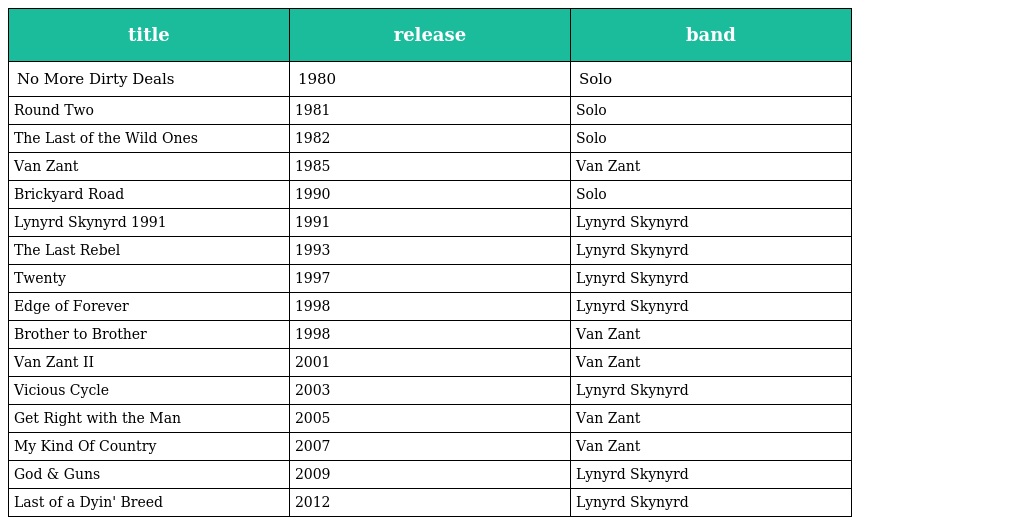
| title | release | band |
 | --- | --- | --- |
 | No More Dirty Deals | 1980 | Solo |
 | Round Two | 1981 | Solo |
 | The Last of the Wild Ones | 1982 | Solo |
 | Van Zant | 1985 | Van Zant |
 | Brickyard Road | 1990 | Solo |
 | Lynyrd Skynyrd 1991 | 1991 | Lynyrd Skynyrd |
 | The Last Rebel | 1993 | Lynyrd Skynyrd |
 | Twenty | 1997 | Lynyrd Skynyrd |
 | Edge of Forever | 1998 | Lynyrd Skynyrd |
 | Brother to Brother | 1998 | Van Zant |
 | Van Zant II | 2001 | Van Zant |
 | Vicious Cycle | 2003 | Lynyrd Skynyrd |
 | Get Right with the Man | 2005 | Van Zant |
 | My Kind Of Country | 2007 | Van Zant |
 | God & Guns | 2009 | Lynyrd Skynyrd |
 | Last of a Dyin' Breed | 2012 | Lynyrd Skynyrd |